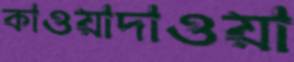
কাওয়াদাওয়া